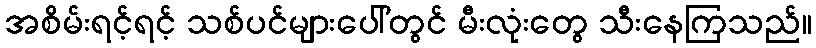
အစိမ်းရင့်ရင့် သစ်ပင်များပေါ်တွင် မီးလုံးတွေ သီးနေကြသည်။